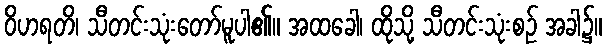
ဝိဟရတိ၊ သီတင်းသုံးတော်မူပါ၏။ အထခေါ၊ ထိုသို့ သီတင်းသုံးစဉ် အခါ၌။